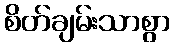
စိတ်ချမ်းသာစွာ